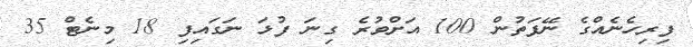
ފިރިހެނެއްގެ ނޭފަތުން 100 އަށްވުރެ ގިނަ ފުޅަ ނަގައިފި 18 މިނެޓް 35